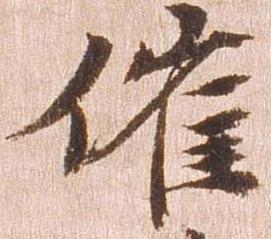
催